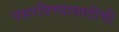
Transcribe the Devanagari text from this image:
पसरविण्यासाठीची